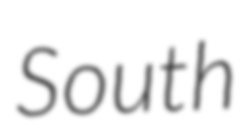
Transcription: South